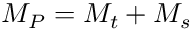
M _ { P } = M _ { t } + M _ { s }